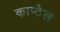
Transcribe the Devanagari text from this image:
काप्टेल